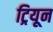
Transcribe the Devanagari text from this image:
ट्रियून